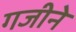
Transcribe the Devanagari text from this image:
गजीने